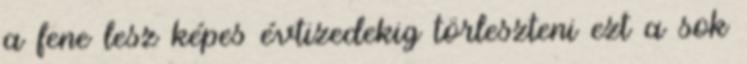
a fene lesz képes évtizedekig törleszteni ezt a sok